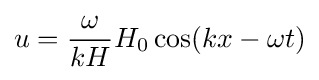
u={\frac {\omega }{kH}}H_{0}\cos(kx-\omega t)